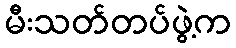
မီးသတ်တပ်ဖွဲ့က